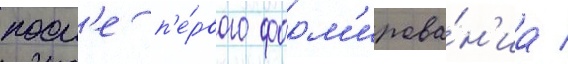
посл'е п'е́рвого форм'ирова́н'иа /